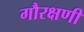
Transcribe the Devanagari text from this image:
गौरक्षणी